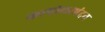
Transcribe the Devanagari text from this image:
कापोलस्पंदन